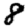
Digit: 8